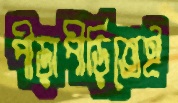
পীড়াপীড়িতেই